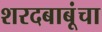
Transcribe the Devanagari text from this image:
शरदबाबूंचा